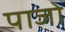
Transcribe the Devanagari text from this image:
पाजो